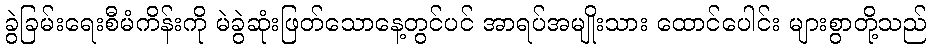
ခွဲခြမ်းရေးစီမံကိန်းကို မဲခွဲဆုံးဖြတ်သောနေ့တွင်ပင် အာရပ်အမျိုးသား ထောင်ပေါင်း များစွာတို့သည်